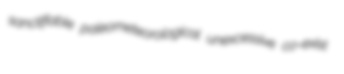
sanctifiable paleometeorological unexcessive co-exist